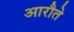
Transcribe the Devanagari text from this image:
आरौते